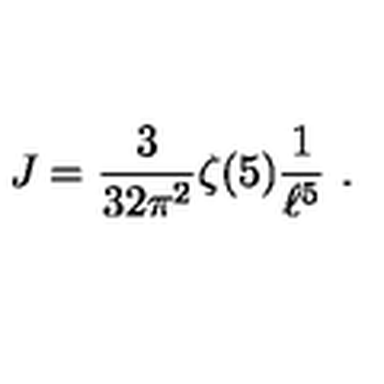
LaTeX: J = { \frac { 3 } { 3 2 \pi ^ { 2 } } } \zeta ( 5 ) { \frac { 1 } { \ell ^ { 5 } } } \ .